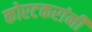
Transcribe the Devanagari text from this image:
कोरटकरांनी